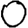
Digit: 0